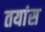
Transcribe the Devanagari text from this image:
तयांस